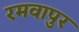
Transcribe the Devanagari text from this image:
रमवापुर